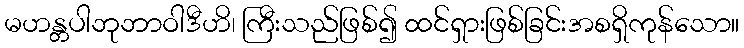
မဟန္တပါဘုဘာဝါဒီဟိ၊ ကြီးသည်ဖြစ်၍ ထင်ရှားဖြစ်ခြင်းအစရှိကုန်သော။